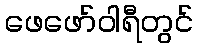
ဖေဖော်ဝါရီတွင်